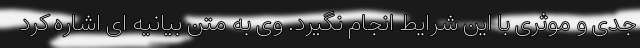
جدی و موثری با این شرایط انجام نگیرد. وی به متن بیانیه ای اشاره کرد